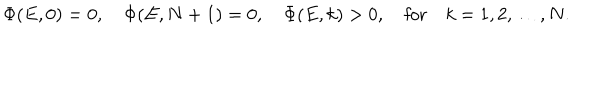
LaTeX: \Phi ( E , 0 ) = 0 , \quad \Phi ( E , N + 1 ) = 0 , \quad \Phi ( E , k ) > 0 , \quad \mathrm { f o r } \quad k = 1 , 2 , \ldots , N .